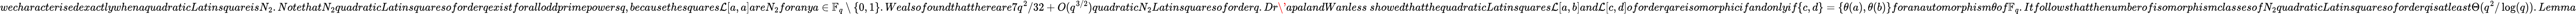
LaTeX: wecharacterisedexactlywhenaquadraticLatinsquareisN_{2}.NotethatN_{2}quadraticLatinsquaresoforderqexistforalloddprimepowersq,becausethesquares\mathcal{L}[a,a]areN_{2}foranya\in\mathbb{F}_{q}\setminus\{ 0,1\} .Wealsofoundthatthereare7q^{2}/32+O(q^{3/2})quadraticN_{2}Latinsquaresoforderq.Dr\' {a}palandWanless~showedthatthequadraticLatinsquares\mathcal{L}[a,b]and\mathcal{L}[c,d]oforderqareisomorphicifandonlyif\{ c,d\} =\{ \theta(a),\theta(b)\} foranautomorphism\theta of\mathbb{F}_{q}.ItfollowsthatthenumberofisomorphismclassesofN_{2}quadraticLatinsquaresoforderqisatleast\Theta(q^{2}/\log(q)).Lemma